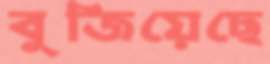
বুজিয়েছে